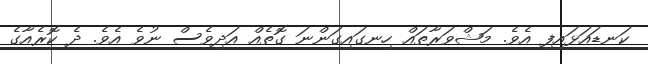
ކަނޑައަޅައިފި އެވެ. މަޝްވަރާތައް ހިނގައިގަންނަ ގޮތެއް އަދިވެސް ނުވެ އެވެ. ދެ ކޮރެއާގެ